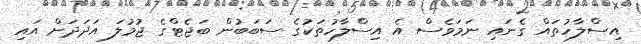
އިސްލާހުތައް ގެނައި ނަމަވެސް އެ އިސްލާހުތަކުގެ ސަބަބުން ބަޖެޓްގެ ޖުމުލަ އަދަދަށް އައި